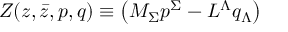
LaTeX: Z ( z , \bar { z } , { p } , { q } ) \equiv \left( M _ { \Sigma } { p } ^ { \Sigma } - L ^ { \Lambda } { q } _ { \Lambda } \right)